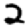
Digit: 2